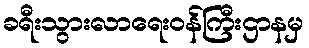
ခရီးသွားလာရေးဝန်ကြီးဌာနမှ